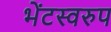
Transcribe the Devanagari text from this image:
भेंटस्‍वरुप